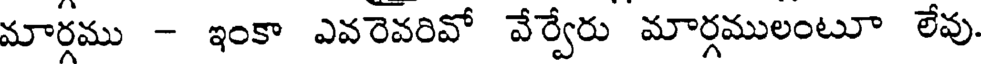
మార్గము - ఇంకా ఎవరెవరివో వేర్వేరు మార్గములంటూ లేవు.